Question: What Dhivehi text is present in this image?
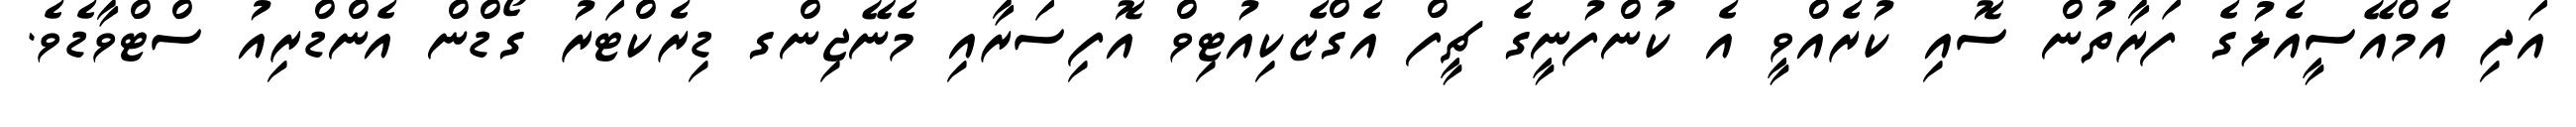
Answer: އަދި އެމްއޭސީއެލުގެ ފަރާތުން ސޮއި ކުރެއްވީ އެ ކުންފުނީގެ ޗީފް އެގްޒެކިއުޓިވް އޮފިސަރާއި މެނޭޖިންގ ޑިރެކްޓަރު ގޯޑްން އެންޑްރިއު ސްޓްވާޑެވެ.